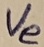
Text: Ve